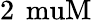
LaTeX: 2\, \mathrm{\ muM}